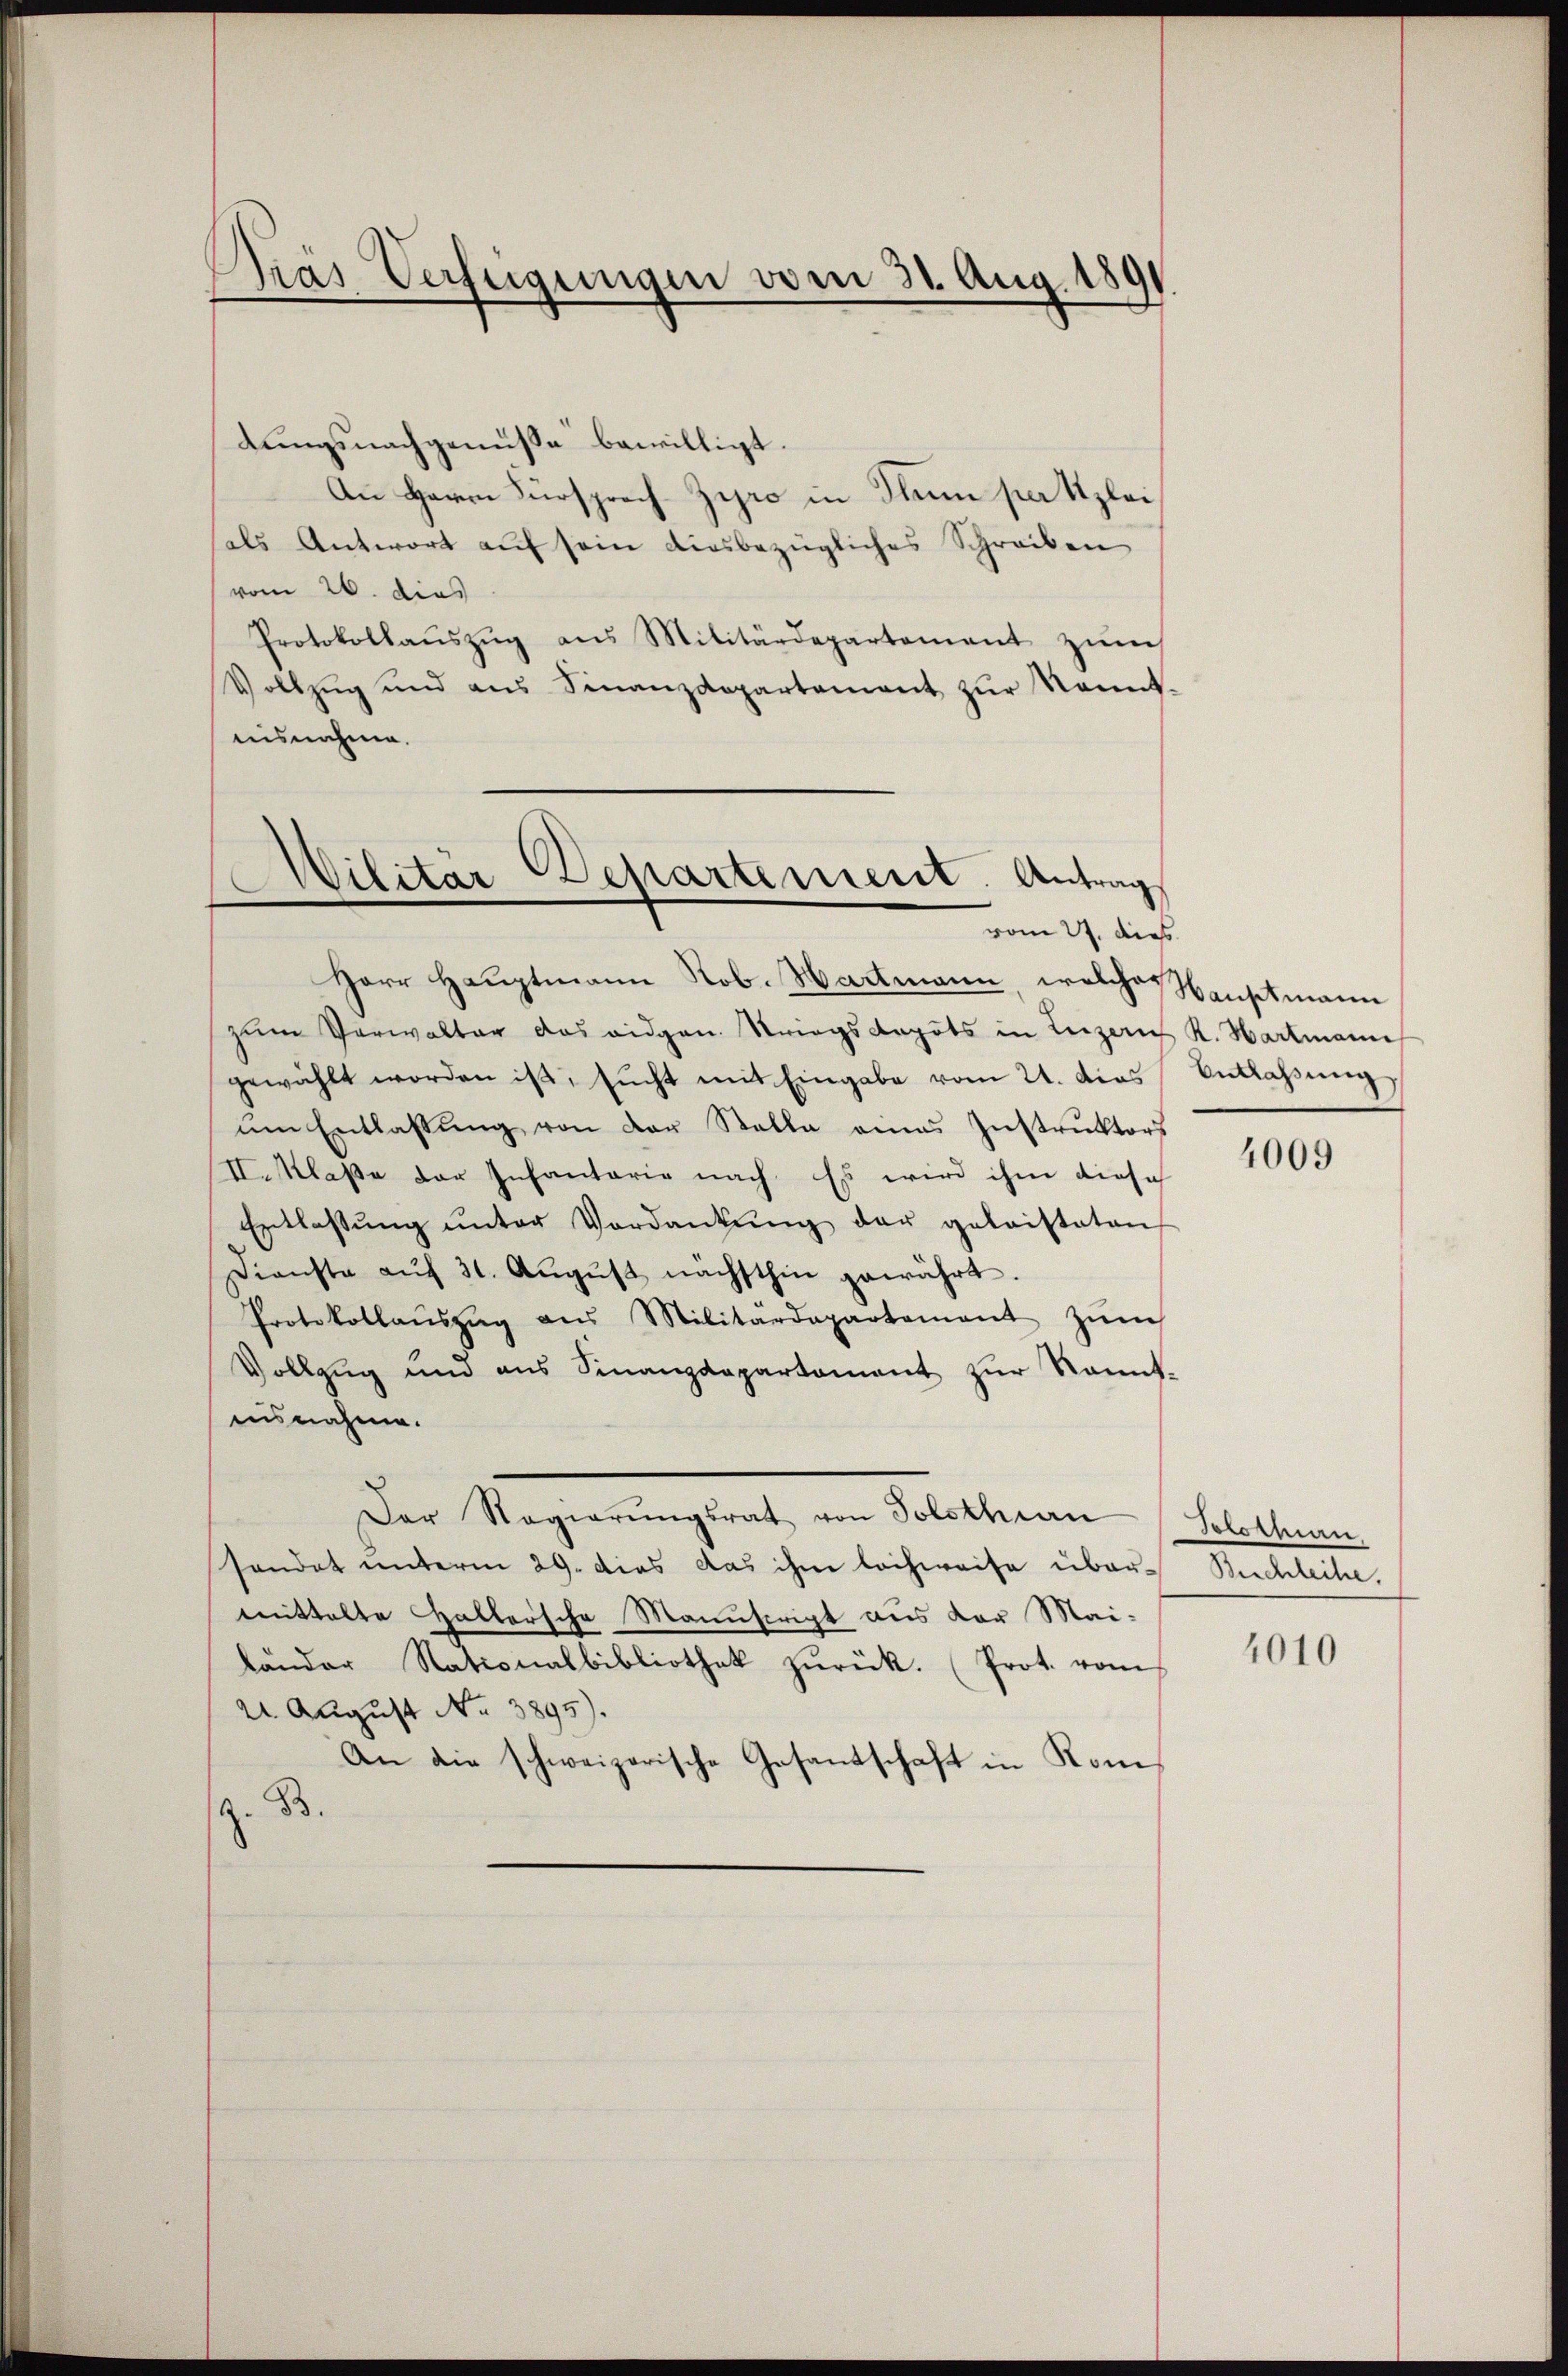
Das Verfeigungen vom 31. Aug. 189

tungsnachgemüsse bewilligt.
An Herrn Fürsprach-Zyro in Thun par Uzlei
als Antwort auf sein diesbezügliches Schreiben
vom 26. dies
Protokollaŭszŭg ans Militärdepartement zŭm
Vollzŭg und aus Finanzdepartement zŭr Sonnt-
nisnahme.

Militär Departement. Antrag
vom 27. dies

Herr Hauptmann Rob. Wartmann, welches Hauptmann
zŭm Verwalter das eidgen. Striegskapots in Luzern R. Hartmann
gewählt worden ist, sŭcht mit Eingabe vom 21. das Entlassŭng
um Entlassŭng von der Stelle eines Instrŭktors
II. Klaße der Infantarie nach. Es wird ihm diese
Entlassŭng ŭnter Verdankŭng der geleisteten
Dienste aŭf 31. Aŭgŭst nächsthin gewährt.
Protokollaŭszŭg ans Militärdepartement zŭm
Vollzug und aus Sinanzdepartement zur kannt-
misnahme.
Der Regierŭngsrat von Solothen (Solothurn
sendet unterm 29. dies das ihm lechweise über- Buchleihe.
mittelte Haltersche Manuscript aus der Mailänder Nationalbibliothek zŭrück. (Prot. vom
22. August No 3895).
An die schweizerische Gesandschaft in Kom
z. B.

4009

4010